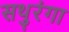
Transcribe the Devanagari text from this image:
सथुरंगा